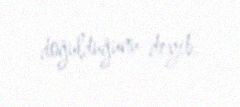
doğulduğunu deyib.